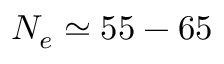
N _ { e } \simeq 5 5 - 6 5